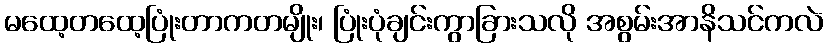
မထေ့တထေ့ပြုံးတာကတမျိုး၊ ပြုံးပုံချင်းကွာခြားသလို အစွမ်းအာနိသင်ကလဲ